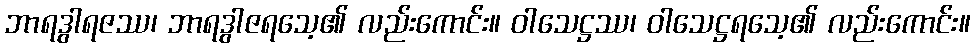
ဘာရဒွါရဇဿ၊ ဘာရဒွါဇရသေ့၏ လည်းကောင်း။ ဝါသေဋ္ဌဿ၊ ဝါသေဋ္ဌရသေ့၏ လည်းကောင်း။